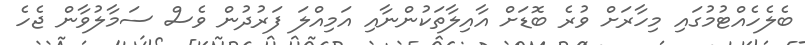
ބެލެހެއްޓުމުގައި މިހާރަށް ވުރެ ބޮޑަށް އާއިލާތަކުންނާއި އަމިއްލަ ފަރުުދުން ވެސް ސަމާލުވާން ޖެހެ